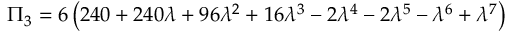
\Pi _ { 3 } = 6 \left( 2 4 0 + 2 4 0 \lambda + 9 6 \lambda ^ { 2 } + 1 6 \lambda ^ { 3 } - 2 \lambda ^ { 4 } - 2 \lambda ^ { 5 } - \lambda ^ { 6 } + \lambda ^ { 7 } \right)